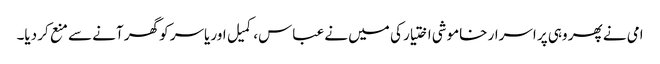
امی نے پھر وہی پر اسرار خاموشی اختیار کی میں نے عباس، کمیل اور یاسر کو گھر آنے سے منع کر دیا۔